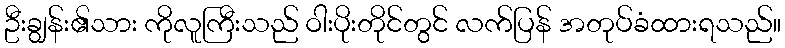
ဦးချွန်း၏သား ကိုလူကြီးသည် ဝါးပိုးတိုင်တွင် လက်ပြန် အတုပ်ခံထားရသည်။